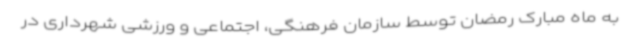
به ماه مبارک رمضان توسط سازمان فرهنگی، اجتماعی و ورزشی شهرداری در